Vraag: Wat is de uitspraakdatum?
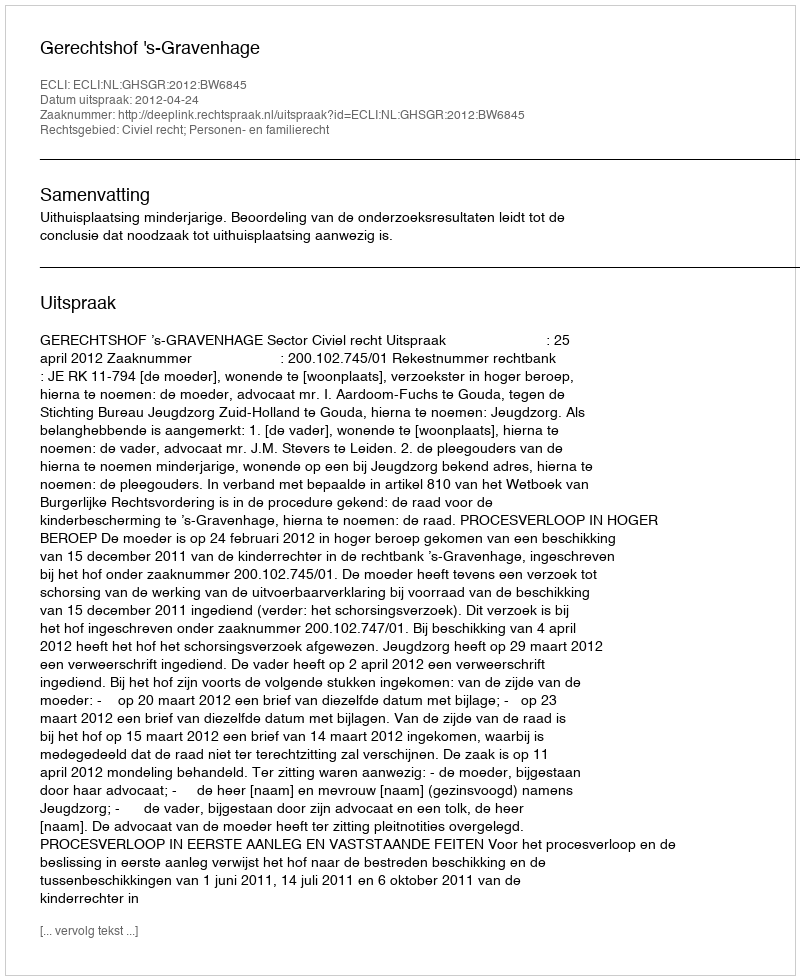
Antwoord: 2012-04-24